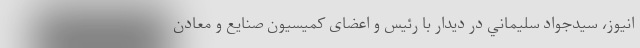
انيوز، سيدجواد سليماني در دیدار با رئیس و اعضای كميسيون صنايع و معادن